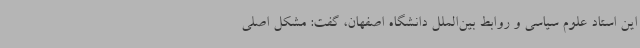
این استاد علوم سیاسی و روابط بین‌الملل دانشگاه اصفهان، گفت: مشکل اصلی